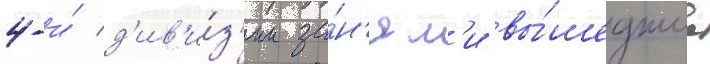
4-и́ д'ив'и́з'ии за́н'ял'и вы́шедшие